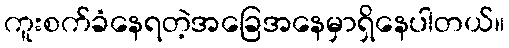
ကူးစက်ခံနေရတဲ့အခြေအနေမှာရှိနေပါတယ်။